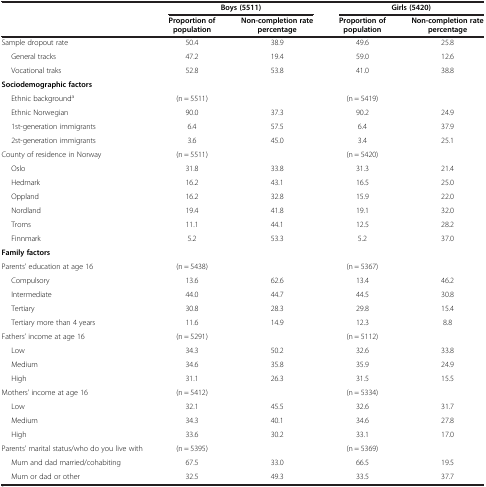
<table><thead><tr><td><b> </b></td><td colspan="2"><b>Boys (5511)</b></td><td colspan="2"><b>Girls (5420)</b></td></tr><tr><td><b> </b></td><td><b>Proportion of population</b></td><td><b>Non-completion rate percentage</b></td><td><b>Proportion of population</b></td><td><b>Non-completion rate percentage</b></td></tr></thead><tbody><tr><td>Sample dropout rate</td><td>50.4</td><td>38.9</td><td>49.6</td><td>25.8</td></tr><tr><td>General tracks</td><td>47.2</td><td>19.4</td><td>59.0</td><td>12.6</td></tr><tr><td>Vocational traks</td><td>52.8</td><td>53.8</td><td>41.0</td><td>38.8</td></tr><tr><td><b>Sociodemographic factors</b></td><td> </td><td> </td><td> </td><td> </td></tr><tr><td>Ethnic background<sup>a</sup></td><td>(n = 5511)</td><td> </td><td>(n = 5419)</td><td> </td></tr><tr><td>Ethnic Norwegian</td><td>90.0</td><td>37.3</td><td>90.2</td><td>24.9</td></tr><tr><td>1st-generation immigrants</td><td>6.4</td><td>57.5</td><td>6.4</td><td>37.9</td></tr><tr><td>2st-generation immigrants</td><td>3.6</td><td>45.0</td><td>3.4</td><td>25.1</td></tr><tr><td>County of residence in Norway</td><td>(n = 5511)</td><td> </td><td>(n = 5420)</td><td> </td></tr><tr><td>Oslo</td><td>31.8</td><td>33.8</td><td>31.3</td><td>21.4</td></tr><tr><td>Hedmark</td><td>16.2</td><td>43.1</td><td>16.5</td><td>25.0</td></tr><tr><td>Oppland</td><td>16.2</td><td>32.8</td><td>15.9</td><td>22.0</td></tr><tr><td>Nordland</td><td>19.4</td><td>41.8</td><td>19.1</td><td>32.0</td></tr><tr><td>Troms</td><td>11.1</td><td>44.1</td><td>12.5</td><td>28.2</td></tr><tr><td>Finnmark</td><td>5.2</td><td>53.3</td><td>5.2</td><td>37.0</td></tr><tr><td><b>Family factors</b></td><td> </td><td> </td><td> </td><td> </td></tr><tr><td>Parents’ education at age 16</td><td>(n = 5438)</td><td> </td><td>(n = 5367)</td><td> </td></tr><tr><td>Compulsory</td><td>13.6</td><td>62.6</td><td>13.4</td><td>46.2</td></tr><tr><td>Intermediate</td><td>44.0</td><td>44.7</td><td>44.5</td><td>30.8</td></tr><tr><td>Tertiary</td><td>30.8</td><td>28.3</td><td>29.8</td><td>15.4</td></tr><tr><td>Tertiary more than 4 years</td><td>11.6</td><td>14.9</td><td>12.3</td><td>8.8</td></tr><tr><td>Fathers’ income at age 16</td><td>(n = 5291)</td><td> </td><td>(n = 5112)</td><td> </td></tr><tr><td>Low</td><td>34.3</td><td>50.2</td><td>32.6</td><td>33.8</td></tr><tr><td>Medium</td><td>34.6</td><td>35.8</td><td>35.9</td><td>24.9</td></tr><tr><td>High</td><td>31.1</td><td>26.3</td><td>31.5</td><td>15.5</td></tr><tr><td>Mothers’ income at age 16</td><td>(n = 5412)</td><td> </td><td>(n = 5334)</td><td> </td></tr><tr><td>Low</td><td>32.1</td><td>45.5</td><td>32.6</td><td>31.7</td></tr><tr><td>Medium</td><td>34.3</td><td>40.1</td><td>34.6</td><td>27.8</td></tr><tr><td>High</td><td>33.6</td><td>30.2</td><td>33.1</td><td>17.0</td></tr><tr><td>Parents’ marital status/who do you live with</td><td>(n = 5395)</td><td> </td><td>(n = 5369)</td><td> </td></tr><tr><td>Mum and dad married/cohabiting</td><td>67.5</td><td>33.0</td><td>66.5</td><td>19.5</td></tr><tr><td>Mum or dad or other</td><td>32.5</td><td>49.3</td><td>33.5</td><td>37.7</td></tr></tbody></table>